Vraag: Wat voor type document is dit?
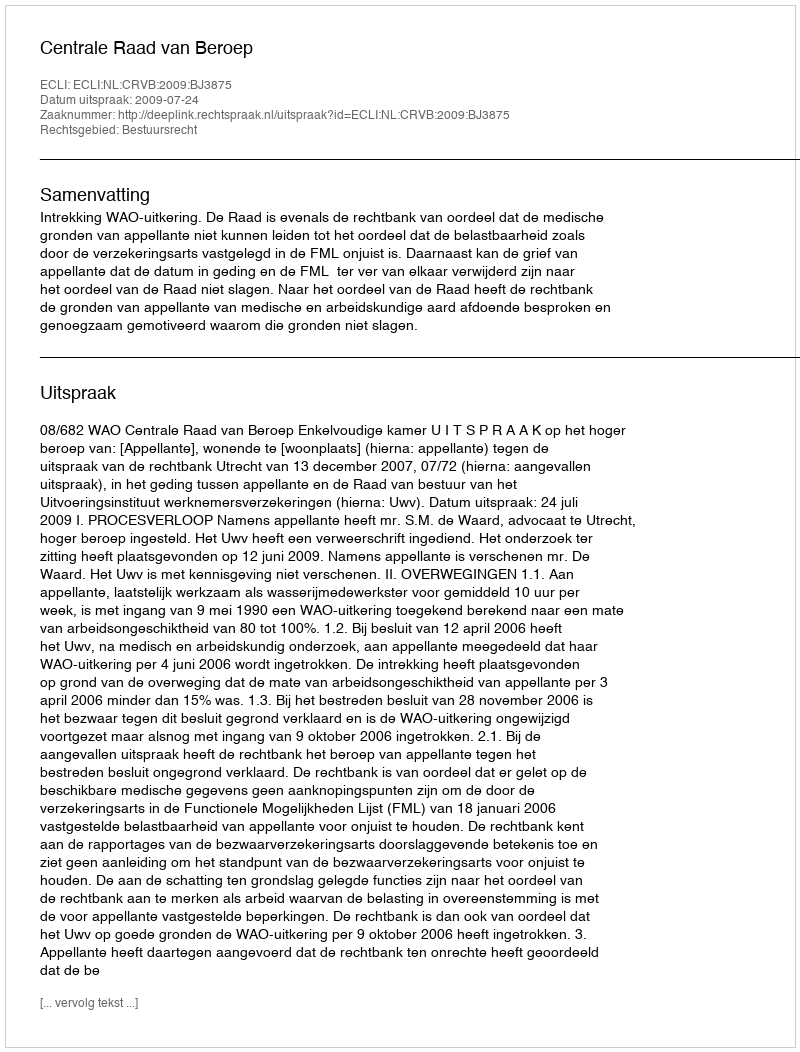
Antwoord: Uitspraak